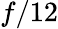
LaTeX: f/12